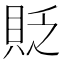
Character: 貶